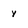
Character: y